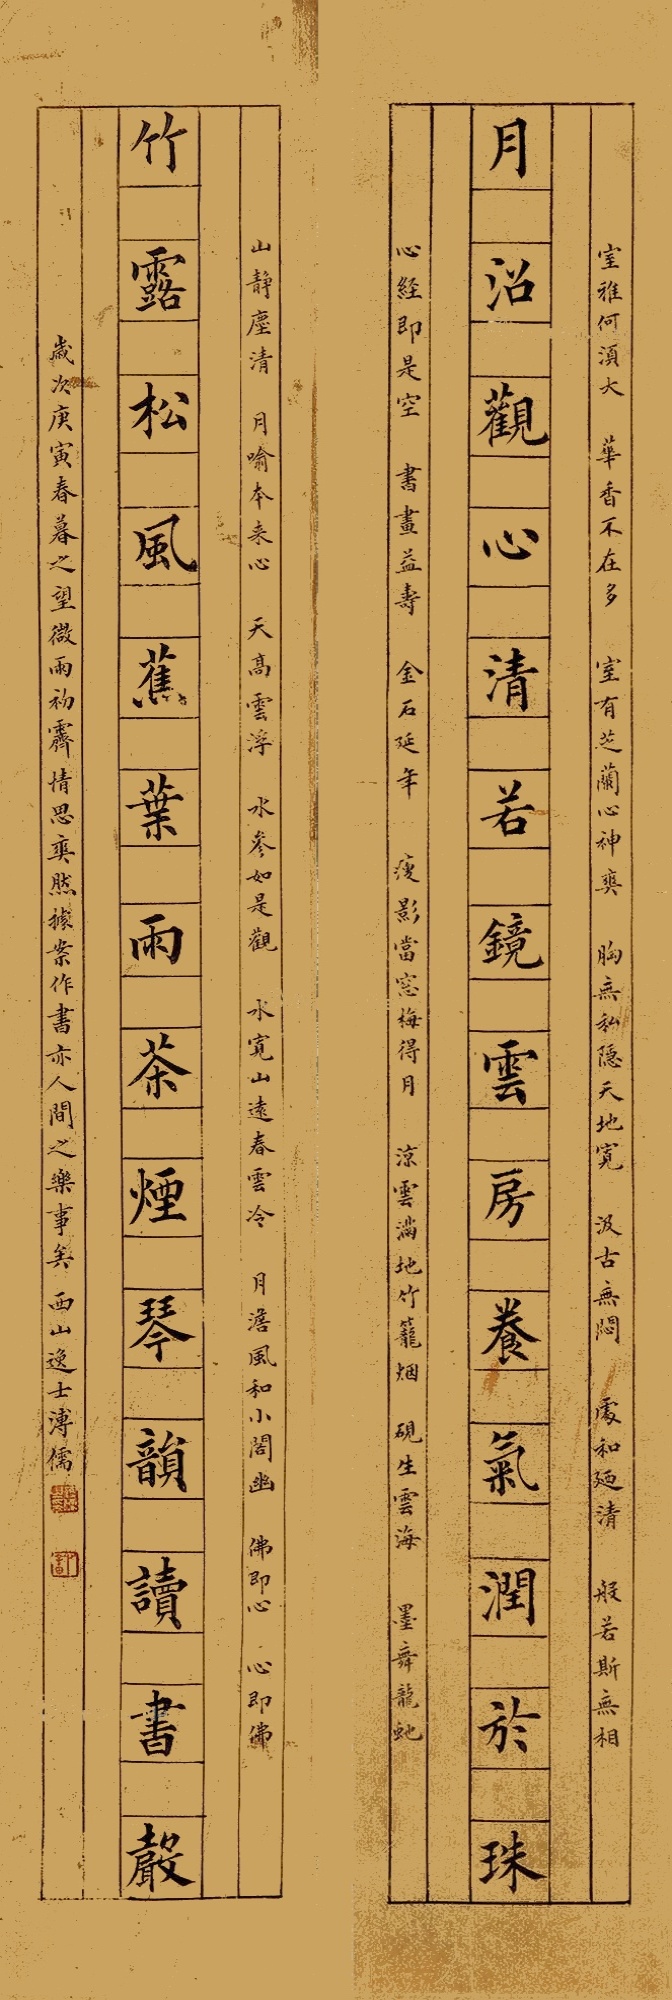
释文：月沼观心清若镜，云房养气润于珠；竹露松风蕉叶雨，茶烟琴韵读书声。室雅何须大？花香不在多。室有芝兰心神奕，胸无私隐天地宽。汲古无闷，处和延清，般若无相。心经即是空，书画益寿，金石延年，瘦影当窗梅得月，凉云满地朱笼烟。砚生云海，墨舞龙蛇，山静尘清，月喻本来新心，天高云浮，水参如是观，水宽山远春云冷，月淡风和小阁幽。佛即心，心即佛。岁次庚寅春暮之望，微雨初霁，情思奕然，据案作书，亦人间之乐事矣。西山逸士溥儒。